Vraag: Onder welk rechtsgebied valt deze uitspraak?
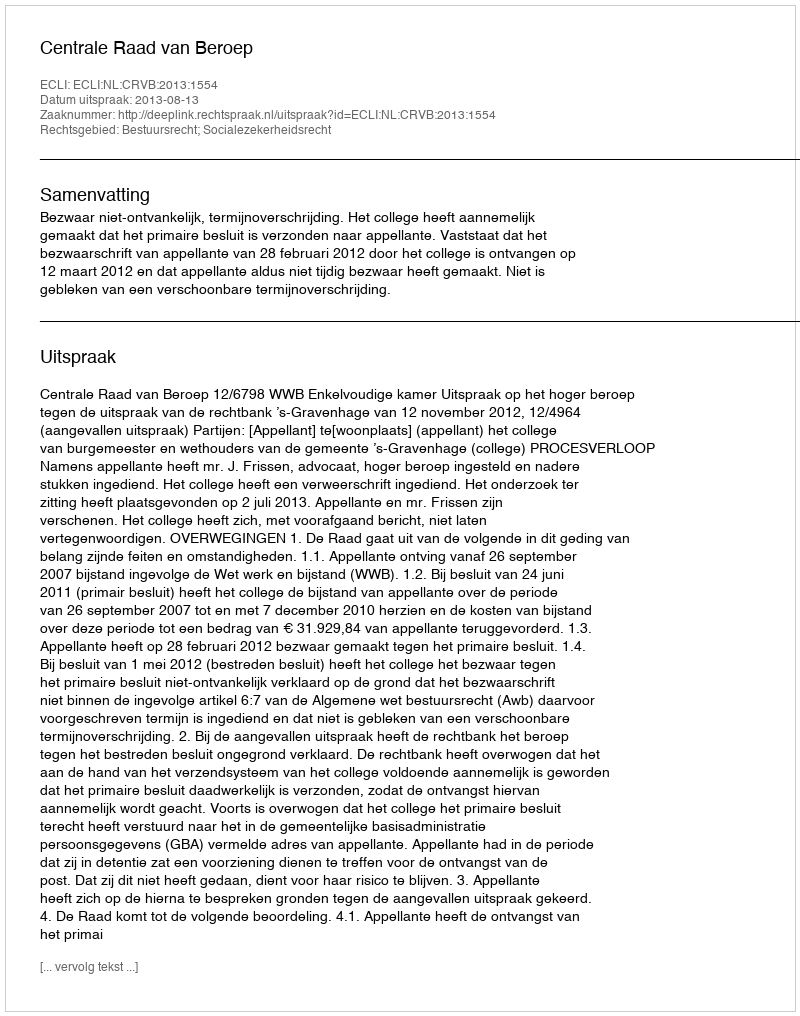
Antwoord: Bestuursrecht; Socialezekerheidsrecht